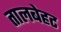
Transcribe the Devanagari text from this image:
तालबेहट